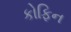
કોફિન